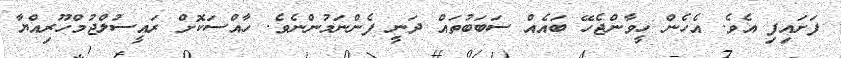
ފަށައިފި އެވެ. އެހެން ހީވާންޖެހޭ ބައެއް ސަބަބުތައް ދަނީ ފެންނަމުންނެވެ. ހާއްސަކޮށް ރަައީސުލްޖުމްހޫރިއްޔާ